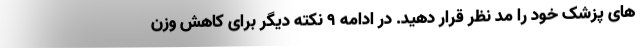
های پزشک خود را مد نظر قرار دهید. در ادامه 9 نکته دیگر برای کاهش وزن